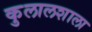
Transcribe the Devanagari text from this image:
कुलालशाला